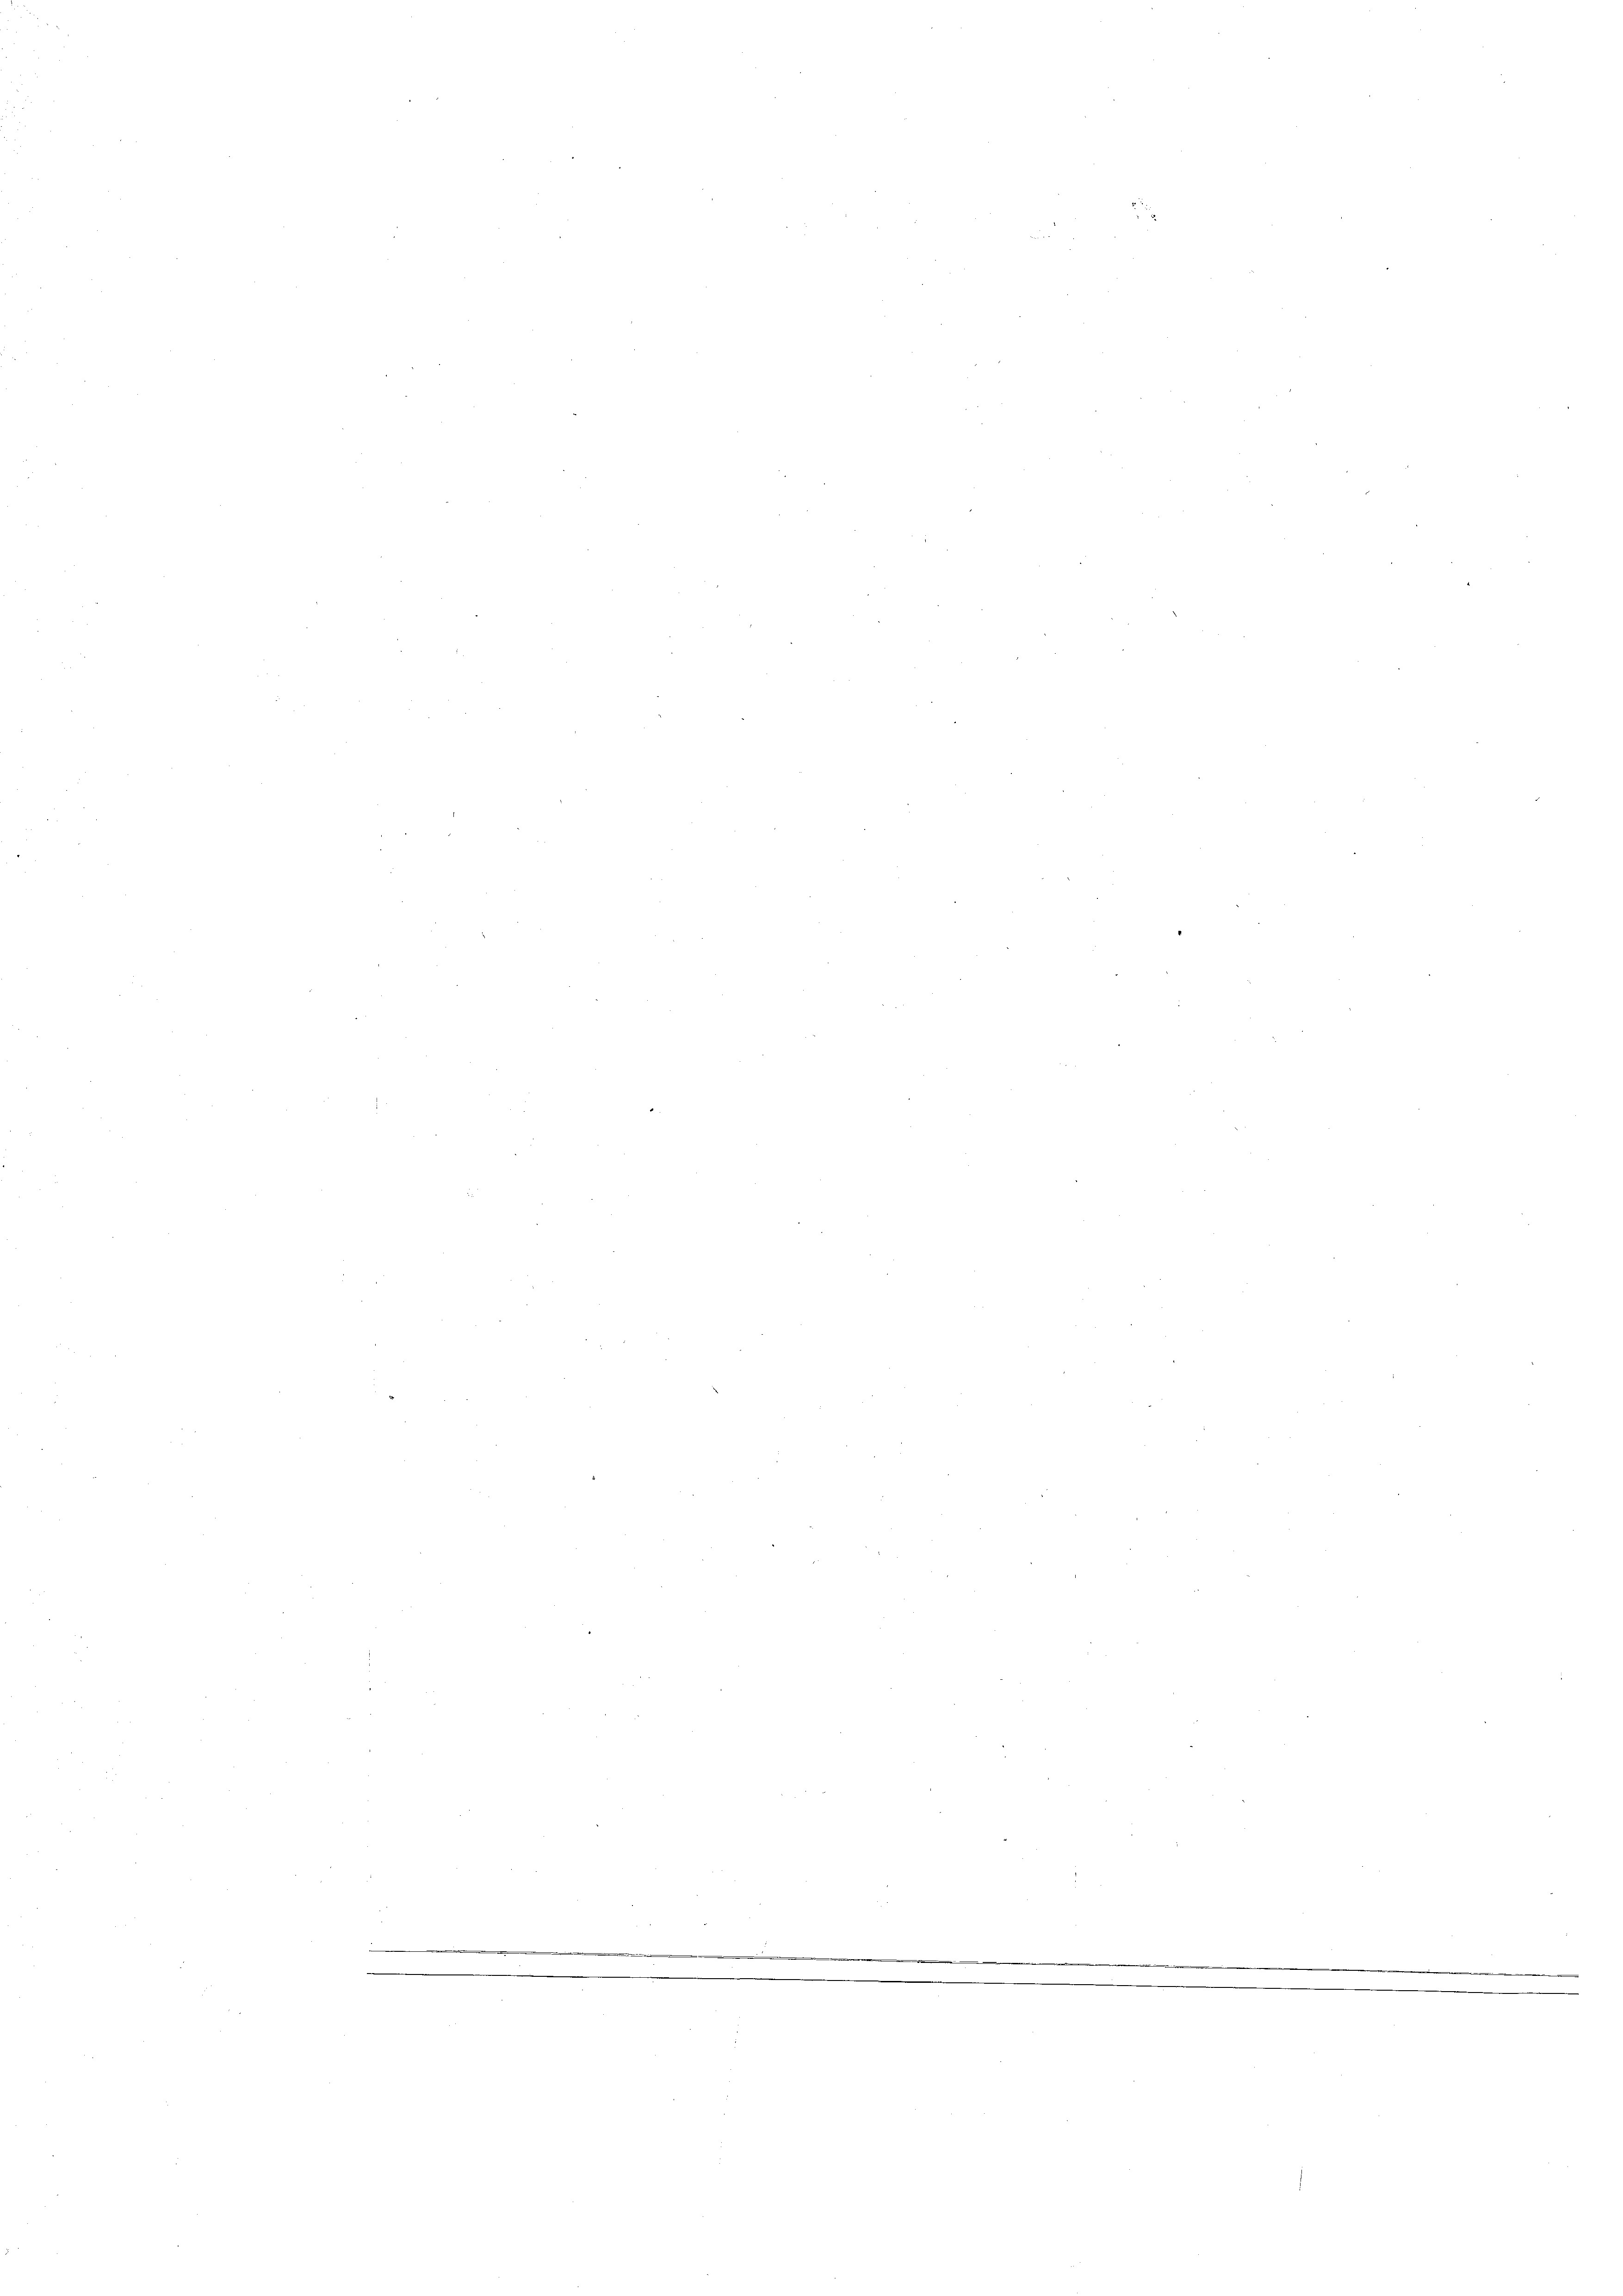
.

d
d
e
e
n
e
¬
 5
d
.

.
.

A
.

e

.